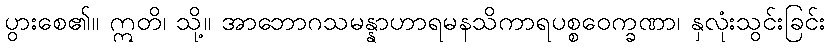
ပွားစေ၏။ ဣတိ၊ သို့။ အာဘောဂသမန္နာဟာရမနသိကာရပစ္စဝေက္ခဏာ၊ နှလုံးသွင်းခြင်း